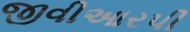
જીવીઆરપી